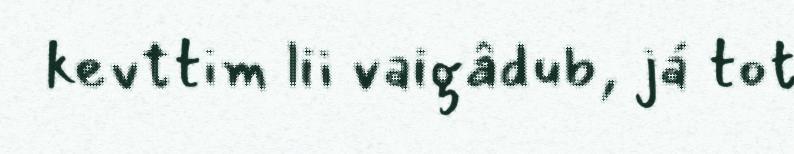
kevttim lii vaigâdub, já tot